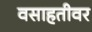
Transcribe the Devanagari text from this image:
वसाहतीवर